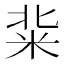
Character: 䉾